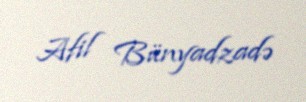
Afil Bünyadzadə